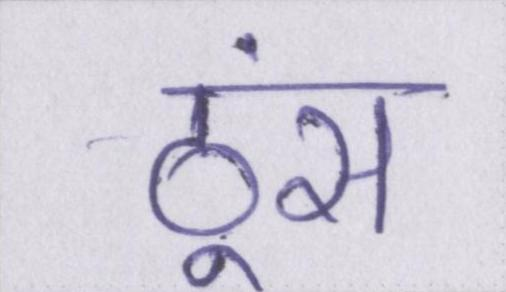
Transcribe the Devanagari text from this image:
ठूंस